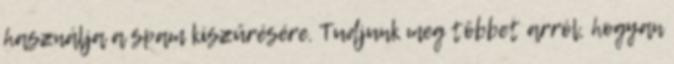
használja a spam kiszűrésére. Tudjunk meg többet arról, hogyan